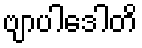
ဗျာပါဒေါတိ